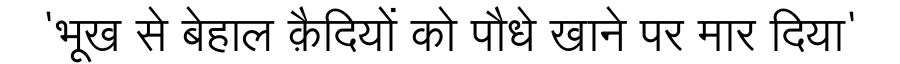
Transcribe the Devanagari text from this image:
'भूख से बेहाल क़ैदियों को पौधे खाने पर मार दिया'